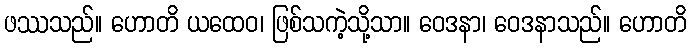
ဖဿသည်။ ဟောတိ ယထေဝ၊ ဖြစ်သကဲ့သို့သာ။ ဝေဒနာ၊ ဝေဒနာသည်။ ဟောတိ